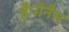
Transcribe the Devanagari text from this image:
हैपीनैस